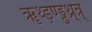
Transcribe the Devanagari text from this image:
ॠथ्ड़ण्ड्ढथ्र्न्र्